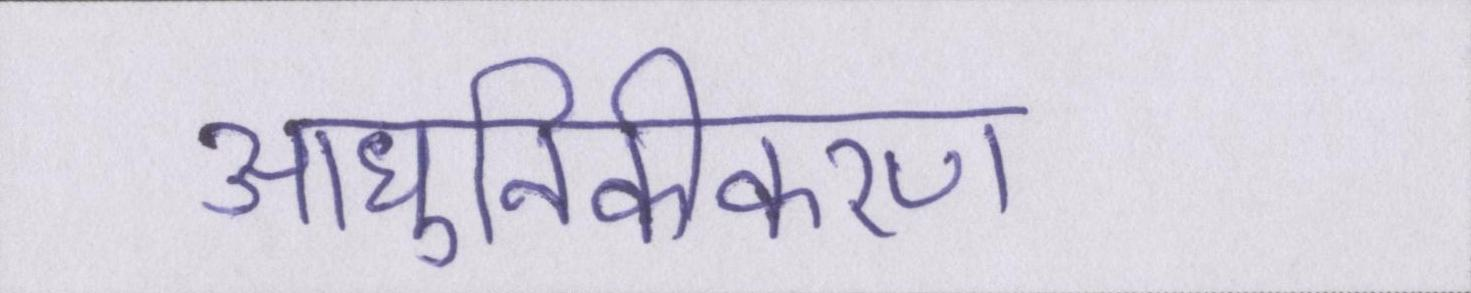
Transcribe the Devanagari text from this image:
आधुनिकीकरण